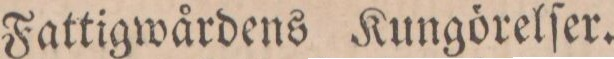
Fattigwårdens Kungörelſer.